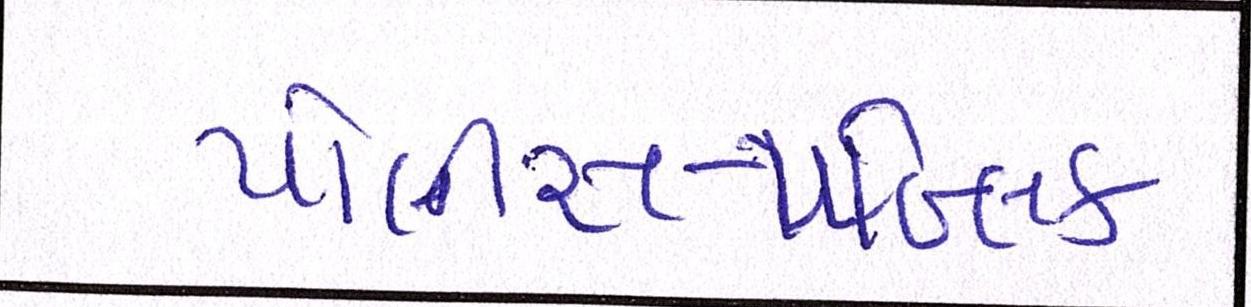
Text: પોલીસ-પબ્લિક